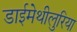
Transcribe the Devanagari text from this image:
डाईमेथीलुरिया